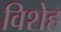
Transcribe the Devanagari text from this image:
विशेह